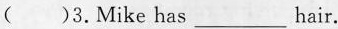
( )3.Mike has___hair.